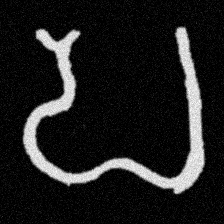
Pyu character \u2014 Myanmar letter: ပ (romanized: pa)